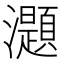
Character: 𤄭